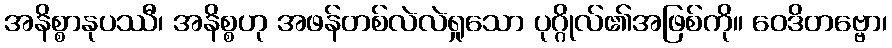
အနိစ္စာနုပဿီ၊ အနိစ္စဟု အဖန်တစ်လဲလဲရှုသော ပုဂ္ဂိုလ်၏အဖြစ်ကို။ ဝေဒိတဗ္ဗော၊